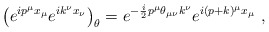
\begin{align*}\left ( e^{i p^\mu x_\mu} e^{i k^\nu x_\nu} \right )_\theta= e^{-\frac{i}{2} p^\mu\theta_{\mu \nu} k^\nu} e^{i (p+k)^\mu x_\mu} ~,\end{align*}